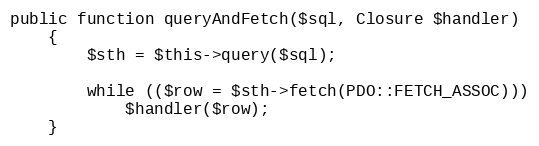
Language: PHP
public function queryAndFetch($sql, Closure $handler)
	{
		$sth = $this->query($sql);

		while (($row = $sth->fetch(PDO::FETCH_ASSOC)))
			$handler($row);
	}